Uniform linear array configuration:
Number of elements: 64
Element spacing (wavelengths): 0.5
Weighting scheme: hann
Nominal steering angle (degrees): -30
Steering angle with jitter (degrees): -28.775
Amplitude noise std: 0.05
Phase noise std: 0.05

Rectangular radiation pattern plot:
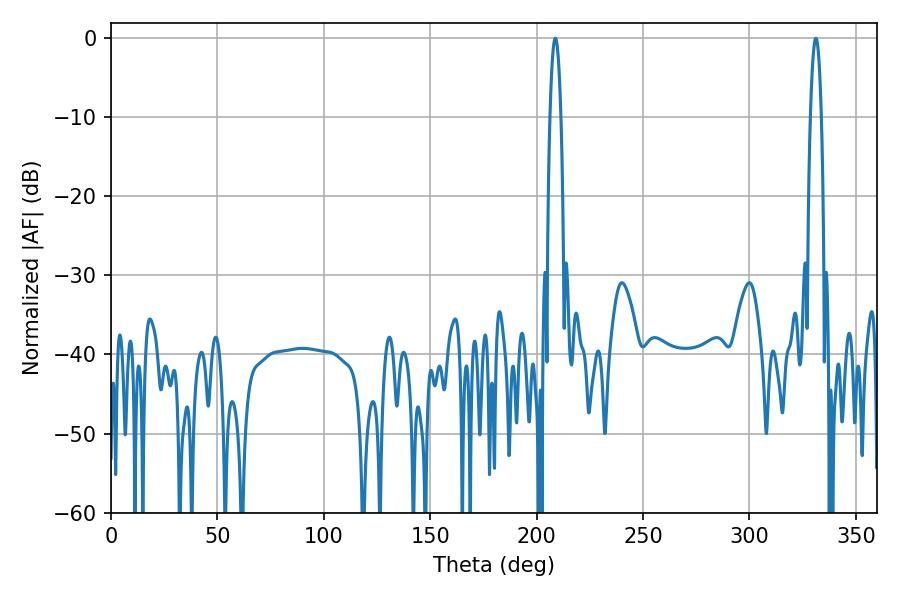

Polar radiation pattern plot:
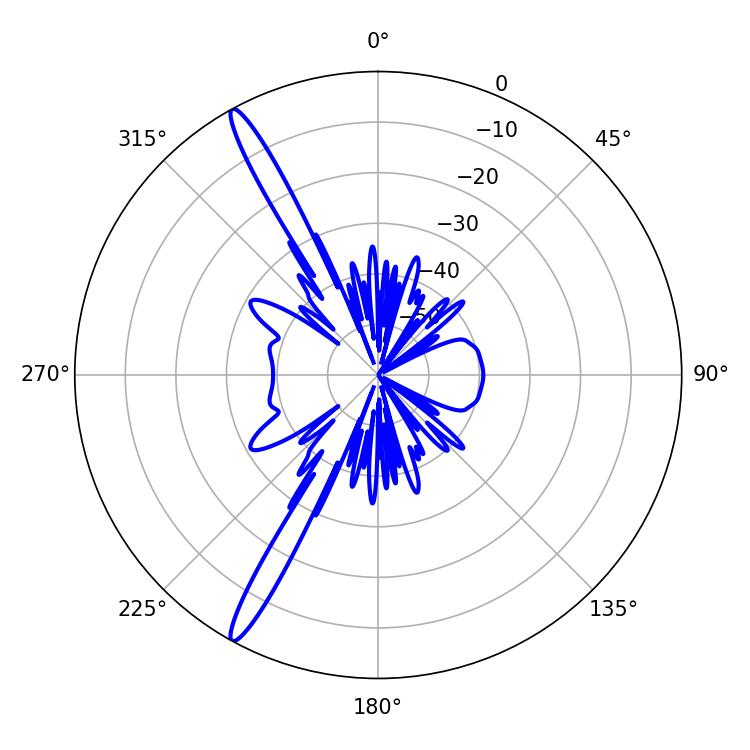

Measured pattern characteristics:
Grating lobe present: FALSE
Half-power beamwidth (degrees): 2.88
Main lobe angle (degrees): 208.8